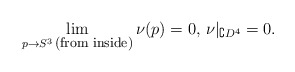
\begin{align*} \mathop{\lim}\limits_{p\to S^3\, \hbox{\rm{\footnotesize(from inside)}}}\nu(p)=0,\, \nu|_{\complement D^4}=0. \end{align*}